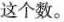
这个数。